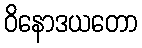
ဝိနောဒယတော